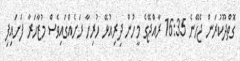
ގޮތްދޫކުރަން ޖެހޭނެ 16:35 ރާއްޖޭގެ މީހުން ދިރިއުޅޭ ހުރިހާ ރަށެއްގައިވެސް މުޒާހަރާ ފަށައިފި